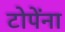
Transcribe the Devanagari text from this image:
टोपेंना